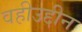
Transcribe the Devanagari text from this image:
वहीउद्दीन